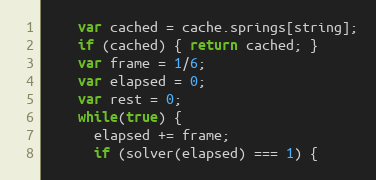
Language: JavaScript
    var cached = cache.springs[string];
    if (cached) { return cached; }
    var frame = 1/6;
    var elapsed = 0;
    var rest = 0;
    while(true) {
      elapsed += frame;
      if (solver(elapsed) === 1) {